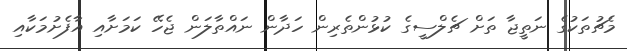
މެޗުތަކުގެ ނަތީޖާ ތަށް ޗެލްސީގެ ކުޅުންތެރިން ހަދާން ނައްތާލަން ޖެހޭ ކަމަށާއި އާފެށުމަކާއި